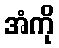
အံကို